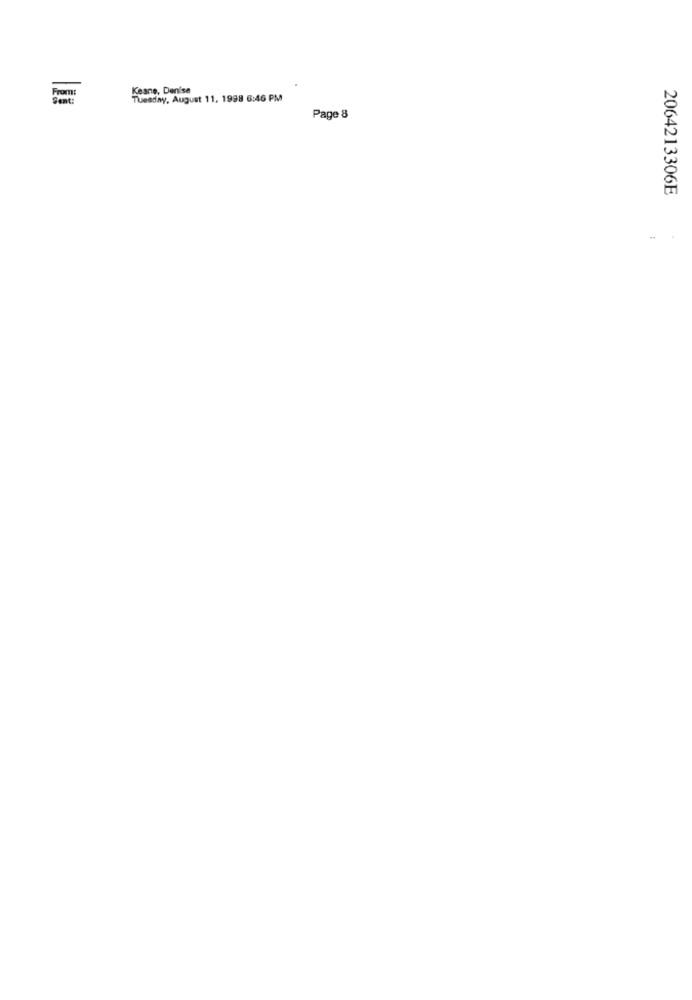
Keane, Denise
Tuesday, August 11. 1998 6:46 PM
Page 8
2064213306E